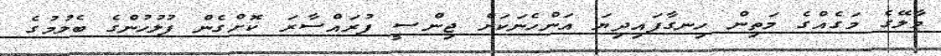
މާލޭގެ މަގެއްގެ މަތިން ހިނގާފައިދިޔަ އަންހެނަކަށް ޖިންސީ ފުރައްސާރަ ކޮށްގެން ފުލުހުންގެ ބެލުމުގެ